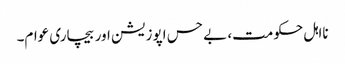
نااہل حکومت، بے حس اپوزیشن اور بیچاری عوام۔